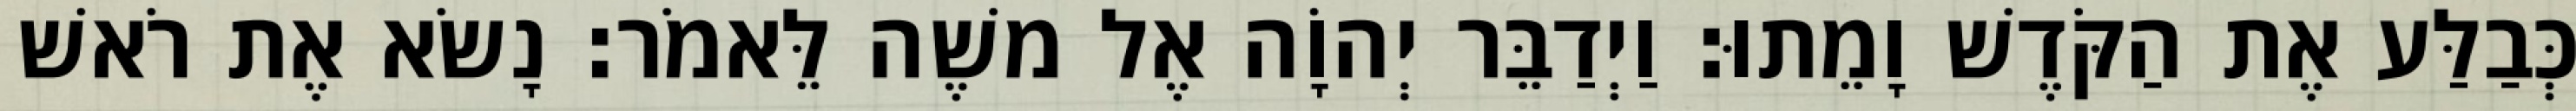
כְּבַלַּע אֶת הַקֹּדֶשׁ וָמֵתוּ׃ וַיְדַבֵּר יְהוָֹה אֶל משֶׁה לֵּאמֹר׃ נָשׂא אֶת רֹאשׁ